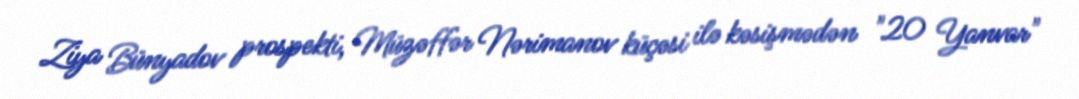
Ziya Bünyadov prospekti, Müzəffər Nərimanov küçəsi ilə kəsişmədən "20 Yanvar"